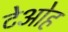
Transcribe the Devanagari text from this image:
टेओह